Leaving Certificate Examination (including Day School Certificate (Higher) General paper), 1930
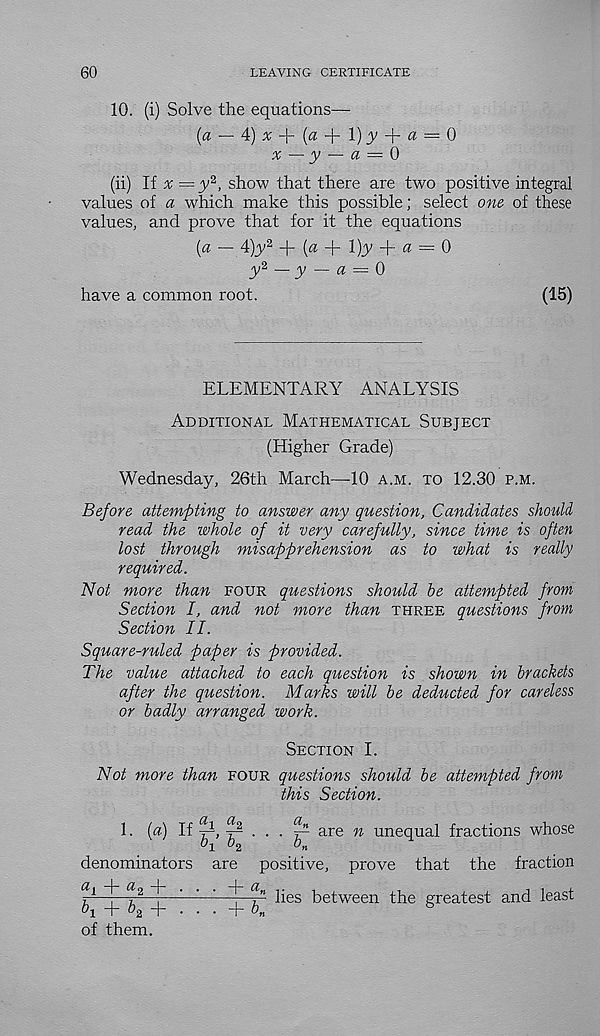
60
LEAVING CERTIFICATE
10. (i) Solve the equations—
(a — A) x
(a
y
a — i)
x — y — a — 0
(ii) If x=y‘ i , show that there are two positive integral
values of a which make this possible; select one of these
values, and prove that for it the equations
[a — 4)_y 2 + (a + l);y + a = 0
y^ — y — a — 0
have a common root.
(15)
ELEMENTARY ANALYSIS
Additional Mathematical Subject
(Higher Grade)
Wednesday, 26th March—-10 a.m. to 12.30 p.m.
Before attempting to answer any question, Candidates should
read the whole of it very carefully, since time is often
lost through misapprehension as to what is really
required.
Not more than four questions should be attempted from
Section I, and not more than three questions from
Section II.
Square-ruled paper is provided.
The value attached to each question is shown in brackets
after the question. Marks will be deducted for careless
or badly arranged work.
Section I.
Not more than four questions should be attempted from
this Section.
1. («) H
F
a.
- are n unequal fractions whose
denominators
+ ^2 + • •
are positive,
• + a »
T ^2 +
of them.
+
prove that the fraction
lies between the greatest and least